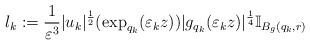
\begin{align*}l_{k}:=\frac{1}{\varepsilon^{3}}|u_{k}|^{\frac{1}{2}}(\exp_{q_{k}}(\varepsilon_{k}z))|g_{q_{k}}(\varepsilon_{k}z)|^{\frac{1}{4}}\mathbb{I}_{B_{g}(q_{k},r)}\end{align*}